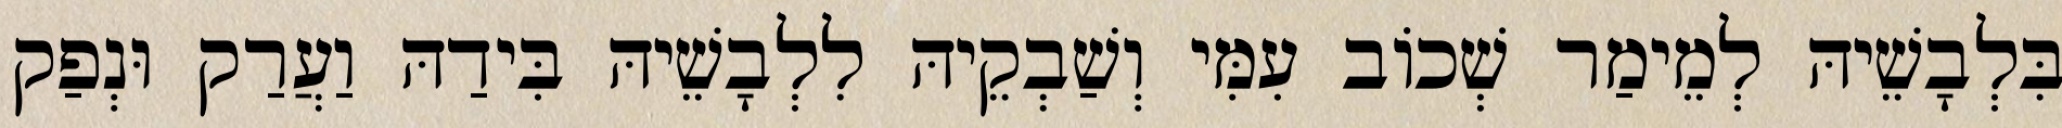
בִּלְבָשֵׁיהּ לְמֵימַר שְׁכוֹב עִמִּי וְשַׁבְקֵיהּ לִלְבָשֵׁיהּ בִּידַהּ וַעֲרַק וּנְפַק